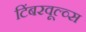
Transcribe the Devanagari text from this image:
टिंबरवूल्व्स